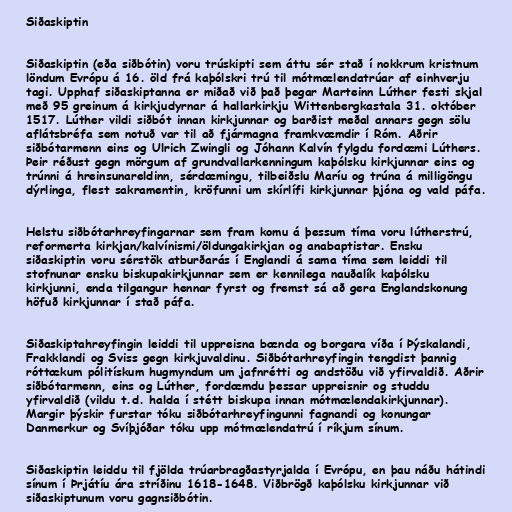
Siðaskiptin

Siðaskiptin (eða siðbótin) voru trúskipti sem áttu sér stað í nokkrum kristnum
löndum Evrópu á 16. öld frá kaþólskri trú til mótmælendatrúar af einhverju
tagi. Upphaf siðaskiptanna er miðað við það þegar Marteinn Lúther festi skjal
með 95 greinum á kirkjudyrnar á hallarkirkju Wittenbergkastala 31. október
1517. Lúther vildi siðbót innan kirkjunnar og barðist meðal annars gegn sölu
aflátsbréfa sem notuð var til að fjármagna framkvæmdir í Róm. Aðrir
siðbótarmenn eins og Ulrich Zwingli og Jóhann Kalvín fylgdu fordæmi Lúthers.
Þeir réðust gegn mörgum af grundvallarkenningum kaþólsku kirkjunnar eins og
trúnni á hreinsunareldinn, sérdæmingu, tilbeiðslu Maríu og trúna á milligöngu
dýrlinga, flest sakramentin, kröfunni um skírlífi kirkjunnar þjóna og vald páfa.

Helstu siðbótarhreyfingarnar sem fram komu á þessum tíma voru lútherstrú,
reformerta kirkjan/kalvínismi/öldungakirkjan og anabaptistar. Ensku
siðaskiptin voru sérstök atburðarás í Englandi á sama tíma sem leiddi til
stofnunar ensku biskupakirkjunnar sem er kennilega nauðalík kaþólsku
kirkjunni, enda tilgangur hennar fyrst og fremst sá að gera Englandskonung
höfuð kirkjunnar í stað páfa.

Siðaskiptahreyfingin leiddi til uppreisna bænda og borgara víða í Þýskalandi,
Frakklandi og Sviss gegn kirkjuvaldinu. Siðbótarhreyfingin tengdist þannig
róttækum pólitískum hugmyndum um jafnrétti og andstöðu við yfirvaldið. Aðrir
siðbótarmenn, eins og Lúther, fordæmdu þessar uppreisnir og studdu
yfirvaldið (vildu t.d. halda í stétt biskupa innan mótmælendakirkjunnar).
Margir þýskir furstar tóku siðbótarhreyfingunni fagnandi og konungar
Danmerkur og Svíþjóðar tóku upp mótmælendatrú í ríkjum sínum.

Siðaskiptin leiddu til fjölda trúarbragðastyrjalda í Evrópu, en þau náðu hátindi
sínum í Þrjátíu ára stríðinu 1618-1648. Viðbrögð kaþólsku kirkjunnar við
siðaskiptunum voru gagnsiðbótin.